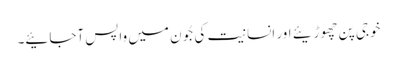
خوجی پن چھوڑیئے اور انسانیت کی جُون میں واپس آجائیے۔